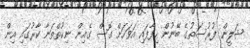
ޝަލީން ފުރުސަތުގެ ބޭނުން ހިފާފައި އަވަހަށް ގޮސް ގެއިން ނިކުތްތަނާ ކާރުގައި އިން